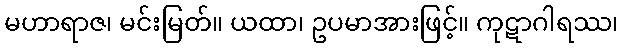
မဟာရာဇ၊ မင်းမြတ်။ ယထာ၊ ဥပမာအားဖြင့်။ ကုဋာဂါရဿ၊